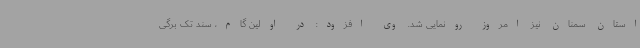
استان سمنان نیز امروز رونمایی شد. وی افزود: در اولین گام، سند تک برگی